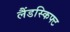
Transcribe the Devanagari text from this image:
लैंडस्किफ्ट